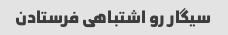
سیگار رو اشتباهی فرستادن